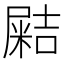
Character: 𡳛